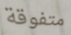
متفوقة